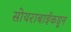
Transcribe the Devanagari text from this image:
सोयराबाईकडून